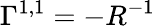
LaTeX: \Gamma^{1,1}=-R^{-1}